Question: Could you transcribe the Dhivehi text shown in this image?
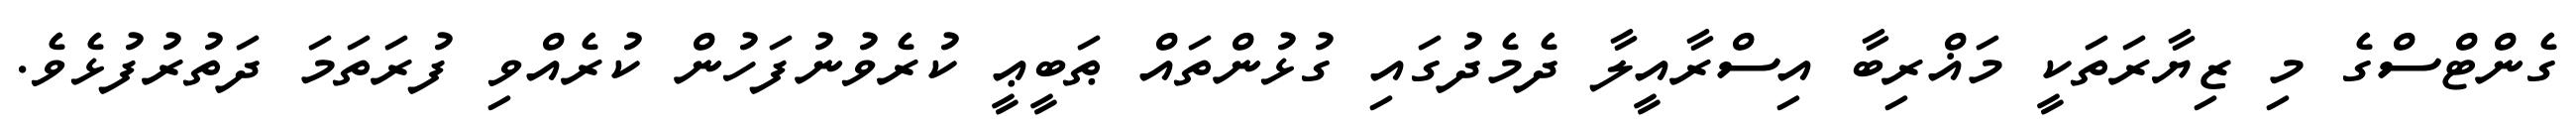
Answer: ގެންޓްސްގެ މި ޒިޔާރަތަކީ މަޣްރިބާ އިސްރާއީލާ ދެމެދުގައި ގުޅުންތައް ޠަބީޢީ ކުރެވުނުފަހުން ކުރެއްވި ފުރަތަމަ ދަތުރުފުޅެވެ.